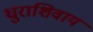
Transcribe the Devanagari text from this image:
धुराशिवाय